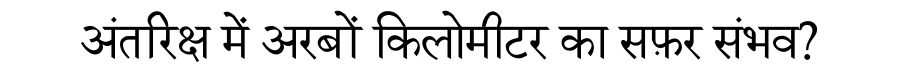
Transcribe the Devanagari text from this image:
अंतरिक्ष में अरबों किलोमीटर का सफ़र संभव?